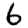
Digit: 6